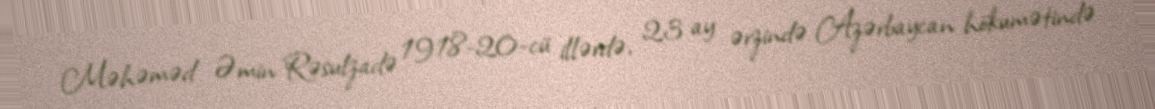
Məhəməd Əmin Rəsulzadə 1918-20-cü illərdə, 23 ay ərzində Azərbaycan hökumətində